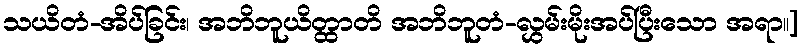
သယိတံ-အိပ်ခြင်း၊ အဘိဘူယိတ္ထာတိ အဘိဘူတံ-လွှမ်းမိုးအပ်ပြီးသော အရာ။]